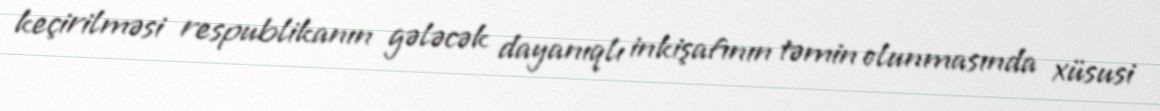
keçirilməsi respublikanın gələcək dayanıqlı inkişafının təmin olunmasında xüsusi